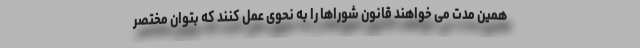
همین مدت می خواهند قانون شوراها را به نحوی عمل کنند که بتوان مختصر